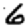
Digit: 6